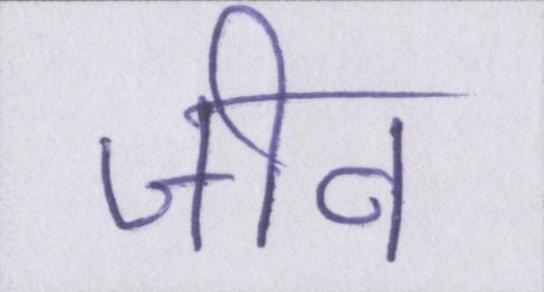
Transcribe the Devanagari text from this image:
जीव